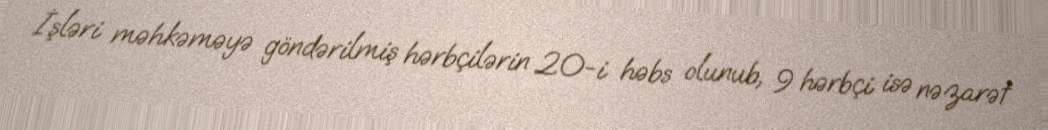
İşləri məhkəməyə göndərilmiş hərbçilərin 20-i həbs olunub, 9 hərbçi isə nəzarət